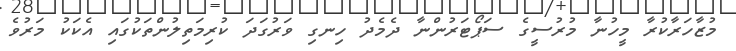
މުޒާހަރާކުރާ މީހުނާ މުރުސީގެ ސަޕޯޓަރުންނާ ދެމެދު ހިނގި ވަރުގަދަ ކުރިމަތިލުންތަކުގައި އެކަކު މަރުވެ